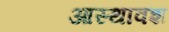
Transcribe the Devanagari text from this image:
आस्थावश